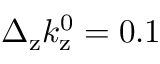
\Delta _ { \mathrm { z } } k _ { \mathrm { z } } ^ { 0 } = 0 . 1